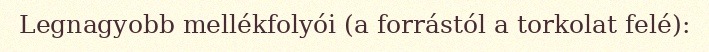
Legnagyobb mellékfolyói (a forrástól a torkolat felé):